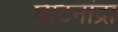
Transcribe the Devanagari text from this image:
घाटनांद्रा